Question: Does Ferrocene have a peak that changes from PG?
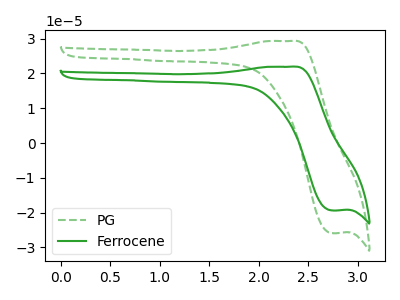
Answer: <think>The green dashed curve "PG" has an anodic peak at (2.30V, 29.30uA) and a cathodic peak at (2.75V, -25.85uA). The green curve "Ferrocene" has an anodic peak at (2.30V, 21.95uA) and a cathodic peak at (2.75V, -19.35uA).
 All the peaks in "Ferrocene" have a peak in "PG" at the same potential. Every peak in "Ferrocene" is lower than every peak in "PG".</think>
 <answer>No, "Ferrocene" and "PG" don't appear to be significantly different in shape</answer>
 <eval>no_change</eval>